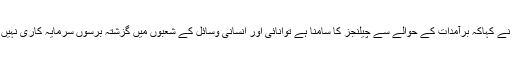
انہوں نے کہاکہ برآمدات کے حوالے سے چیلنجز کا سامنا ہے توانائی اور انسانی وسائل کے شعبوں میں گزشتہ برسوں سرمایہ کاری نہیں ہوئی۔